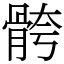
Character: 骻